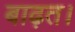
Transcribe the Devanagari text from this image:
बाढ़त।